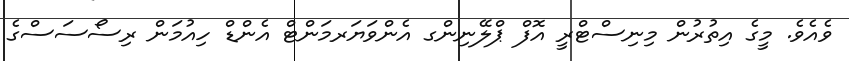
ވެއެވެ. މީގެ އިތުރުން މިނިސްޓްރީ އޮފް ޕްލޭނިންގ އެންވަޔަރމަންޓް އެންޑް ހިއުމަން ރިސޯސަސްގެ